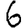
Digit: 6